Annual report of the Imperial Bacteriological Laboratory, Muktesar
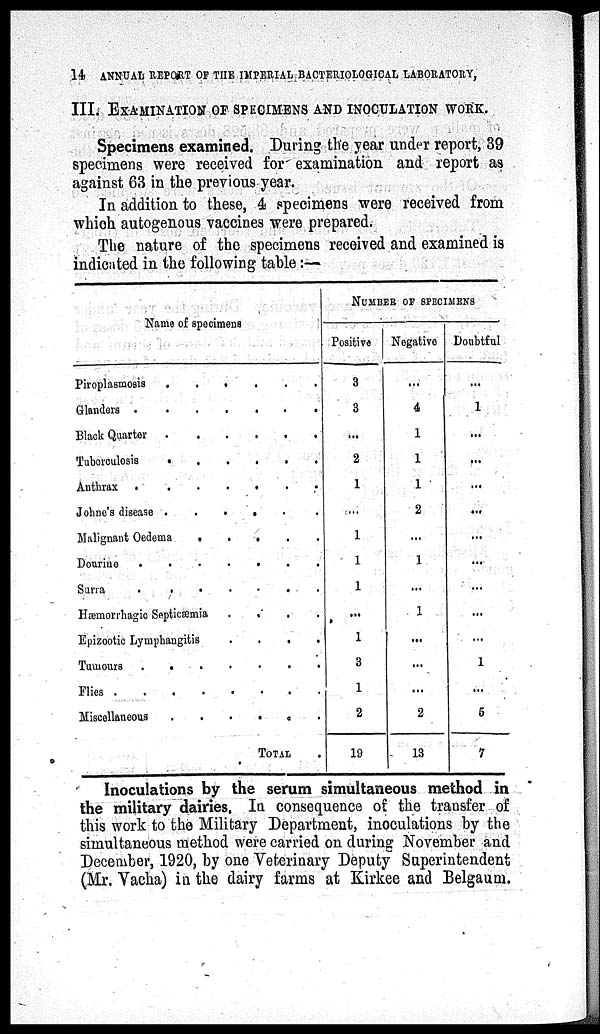
14 ANNUAL REPORT OF THE IMPERIAL BACTERIOLOGICAL LABORATORY,
III. EXAMINATION OF SPECIMENS AND INOCULATION WORK.
Specimens examined. During the year under report, 39
specimens were received for examination and report as
against 63 in the previous year.
In addition to these, 4 specimens were received from
which autogenous vaccines were prepared.
The nature of the specimens received and examined is
indicated in the following table :—
Name of specimens
Piroplasmosis . . . . .
Glanders . . . . . .
Black Quarter . . . . .
Tuberculosis . . . . .
Anthrax . . . . . . .
Johne's disease . . . . .
Malignant Oedema
. . .
.
Dourine
.
.
.
.
.
.
.
Surra
.
.
.
.
.
.
.
Hæmorrhagic Septicæmia
Epizootic Lymphangitis . . .
Tumours
.
.
.
.
.
.
.
Flies
.
.
.
.
.
.
.
Miscellaneous . . . . .
TOTAL .
NUMBER OF SPECIMENS
Positive
3
3
...
2
1
...
1
1
1
...
1
3
1
2
19
Negative
...
4
1
1
1
2
...
1
...
1
...
...
...
2
13
Doubtful
...
1
...
...
...
...
...
...
...
...
...
1
...
5
7
Inoculations by the serum simultaneous method in
the military dairies. In consequence of the transfer of
this work to the Military Department, inoculations by the
simultaneous method were carried on during November and
December, 1920, by one Veterinary Deputy Superintendent
(Mr. Vacha) in the dairy farms at Kirkee and Belgaum.